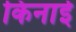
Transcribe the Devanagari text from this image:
किनाई